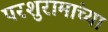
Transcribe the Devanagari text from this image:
परशुरामांच्या